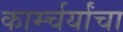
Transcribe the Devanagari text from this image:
कार्म्चर्यांचा